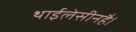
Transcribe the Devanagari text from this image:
थाईलेसीनहै।